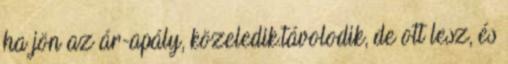
ha jön az ár-apály, közeledik.távolodik, de ott lesz, és